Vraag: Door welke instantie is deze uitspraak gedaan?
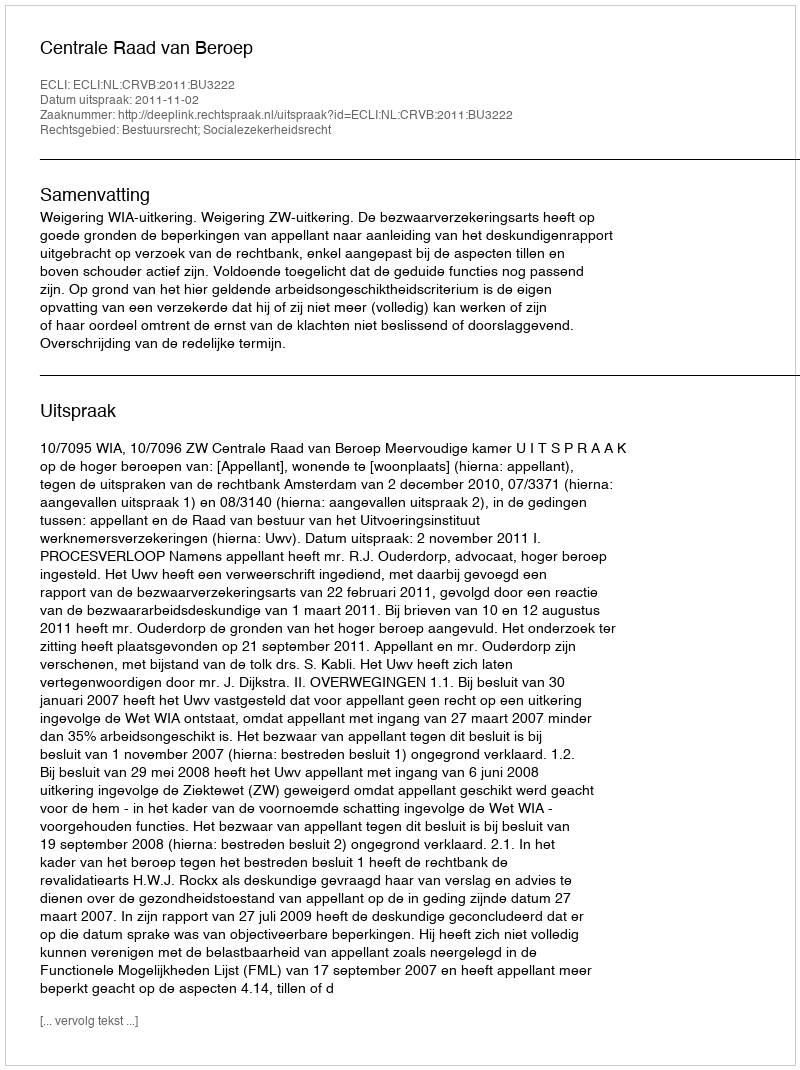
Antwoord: Centrale Raad van Beroep